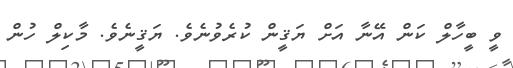
ވީ ބީހާލް ކަން އޭނާ އަށް ޔަޤީން ކުރެވުނެވެ. ޔަޤީނެވެ. މާކިލް ހުން